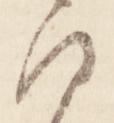
沙